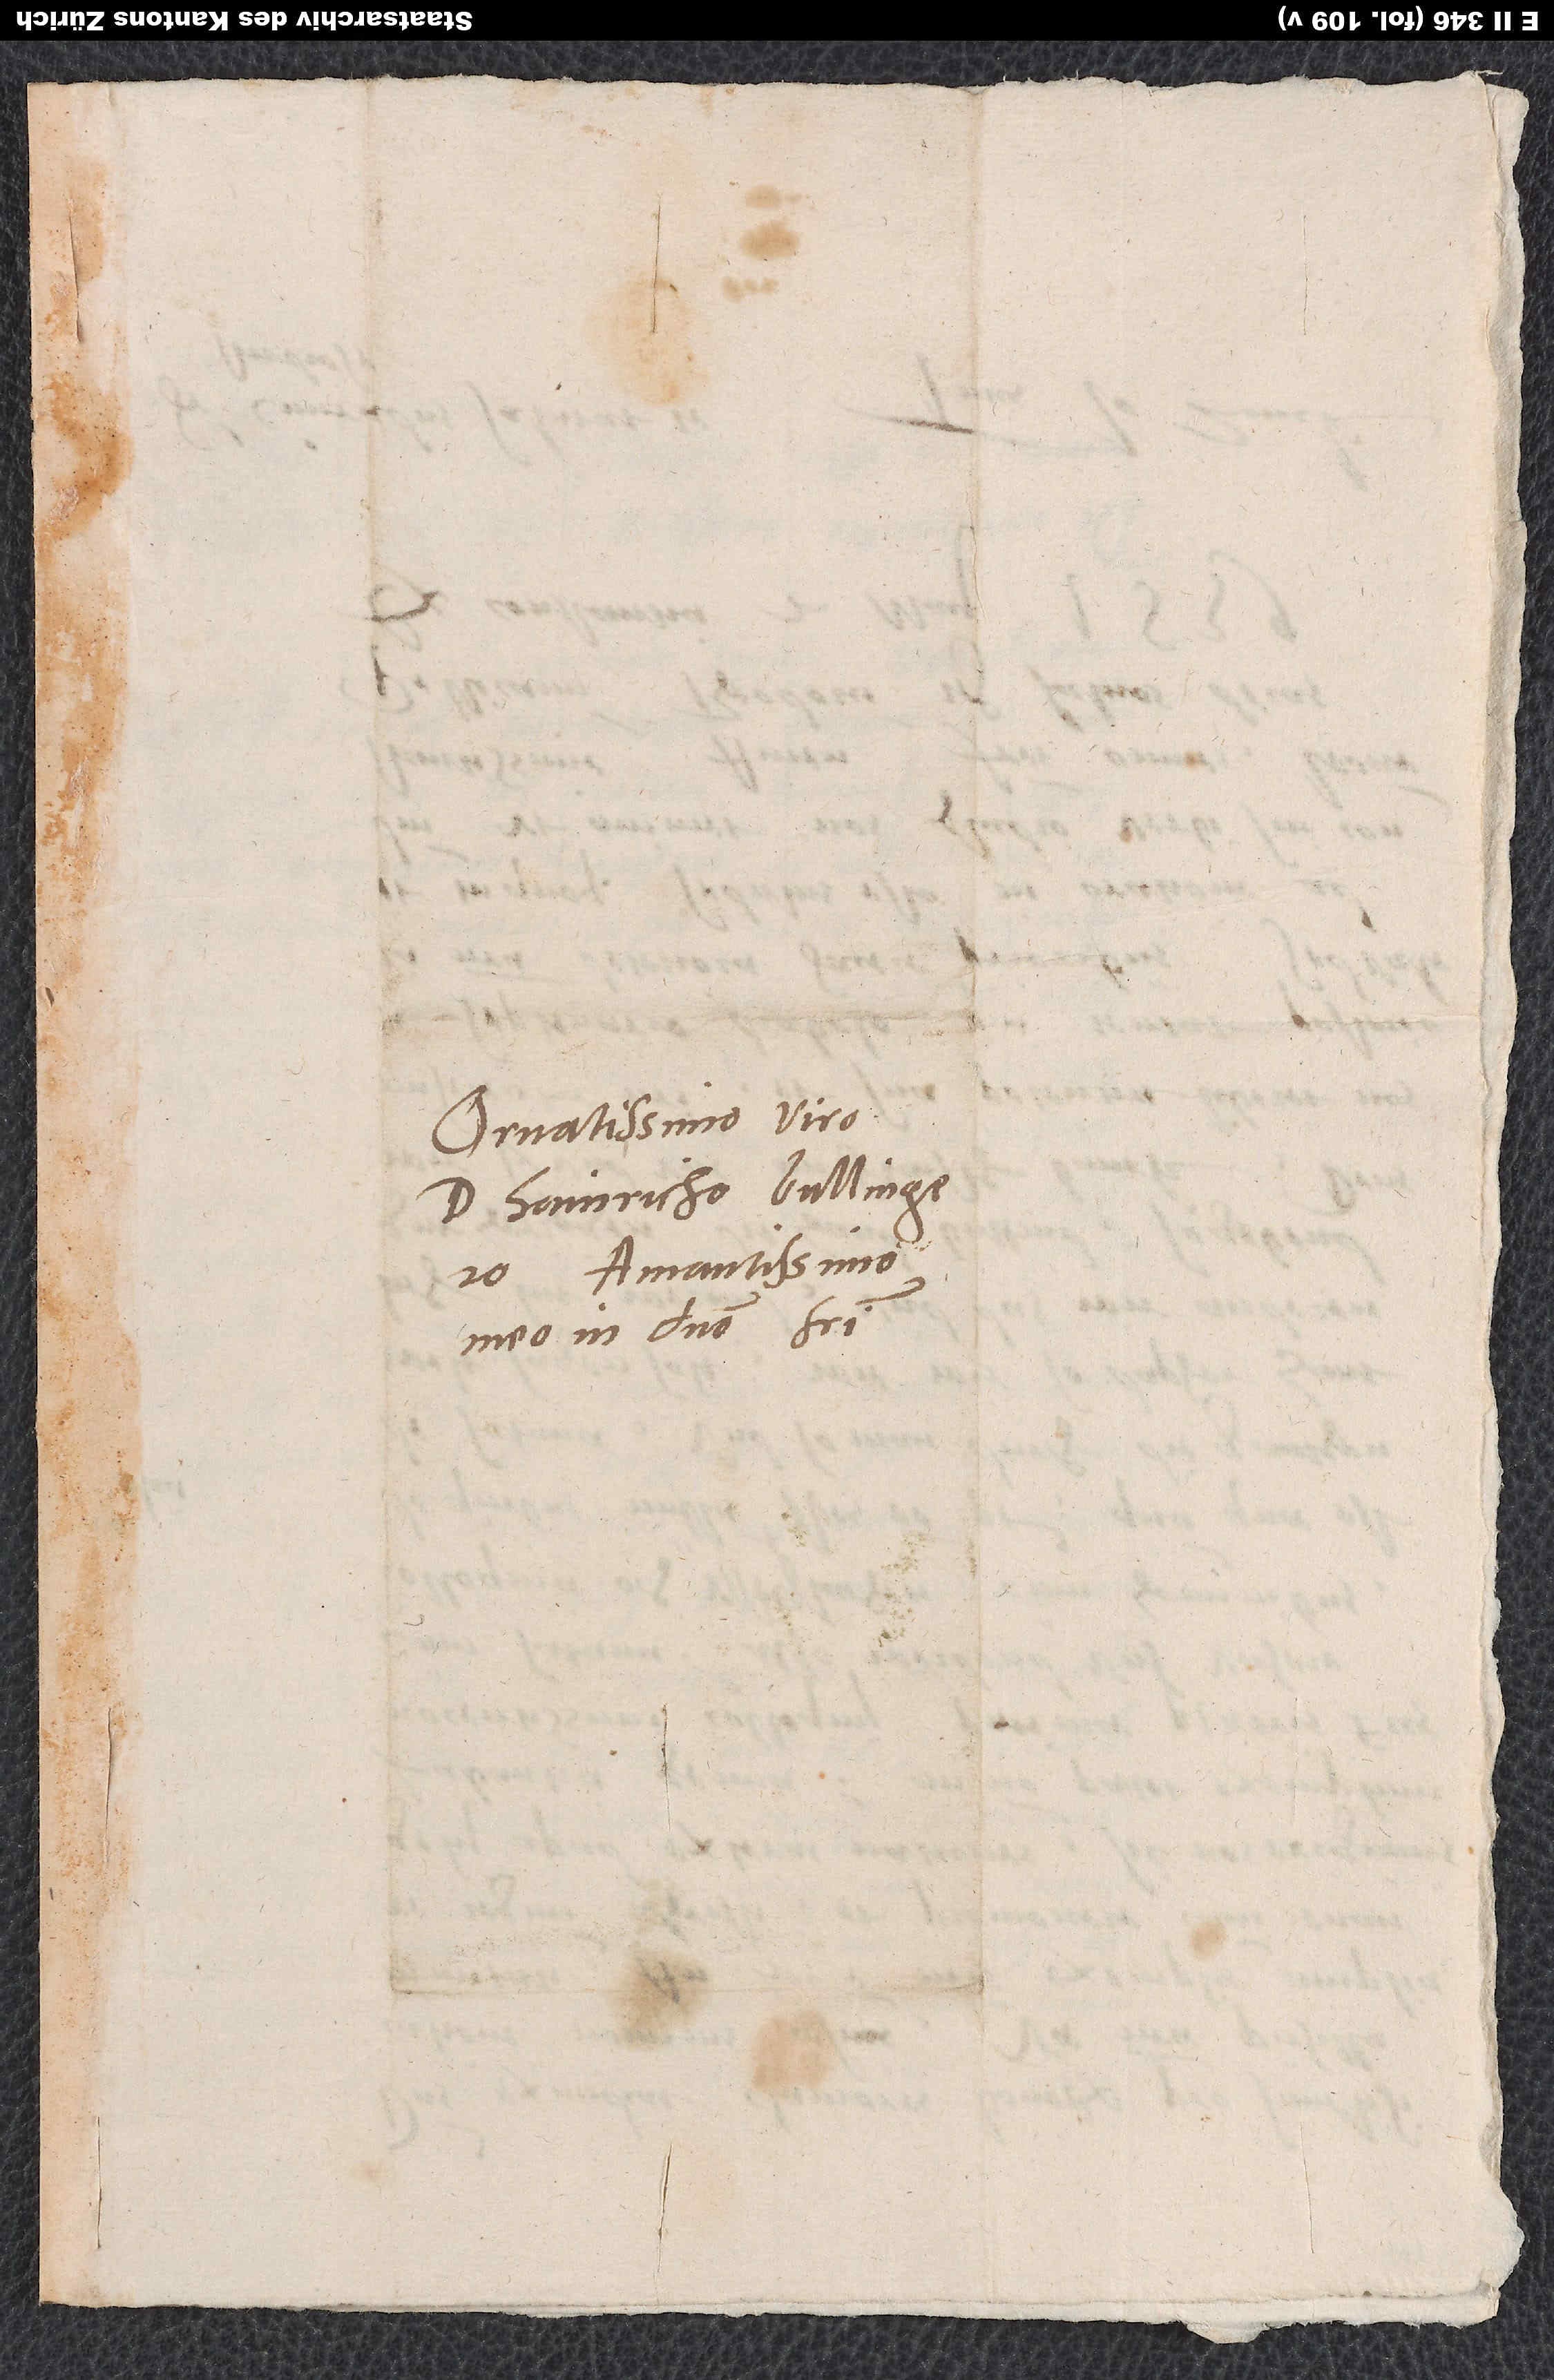
Ornatissimo viro
d. Hainricho Bullingero,
amantissimo
meo in domino fratri.